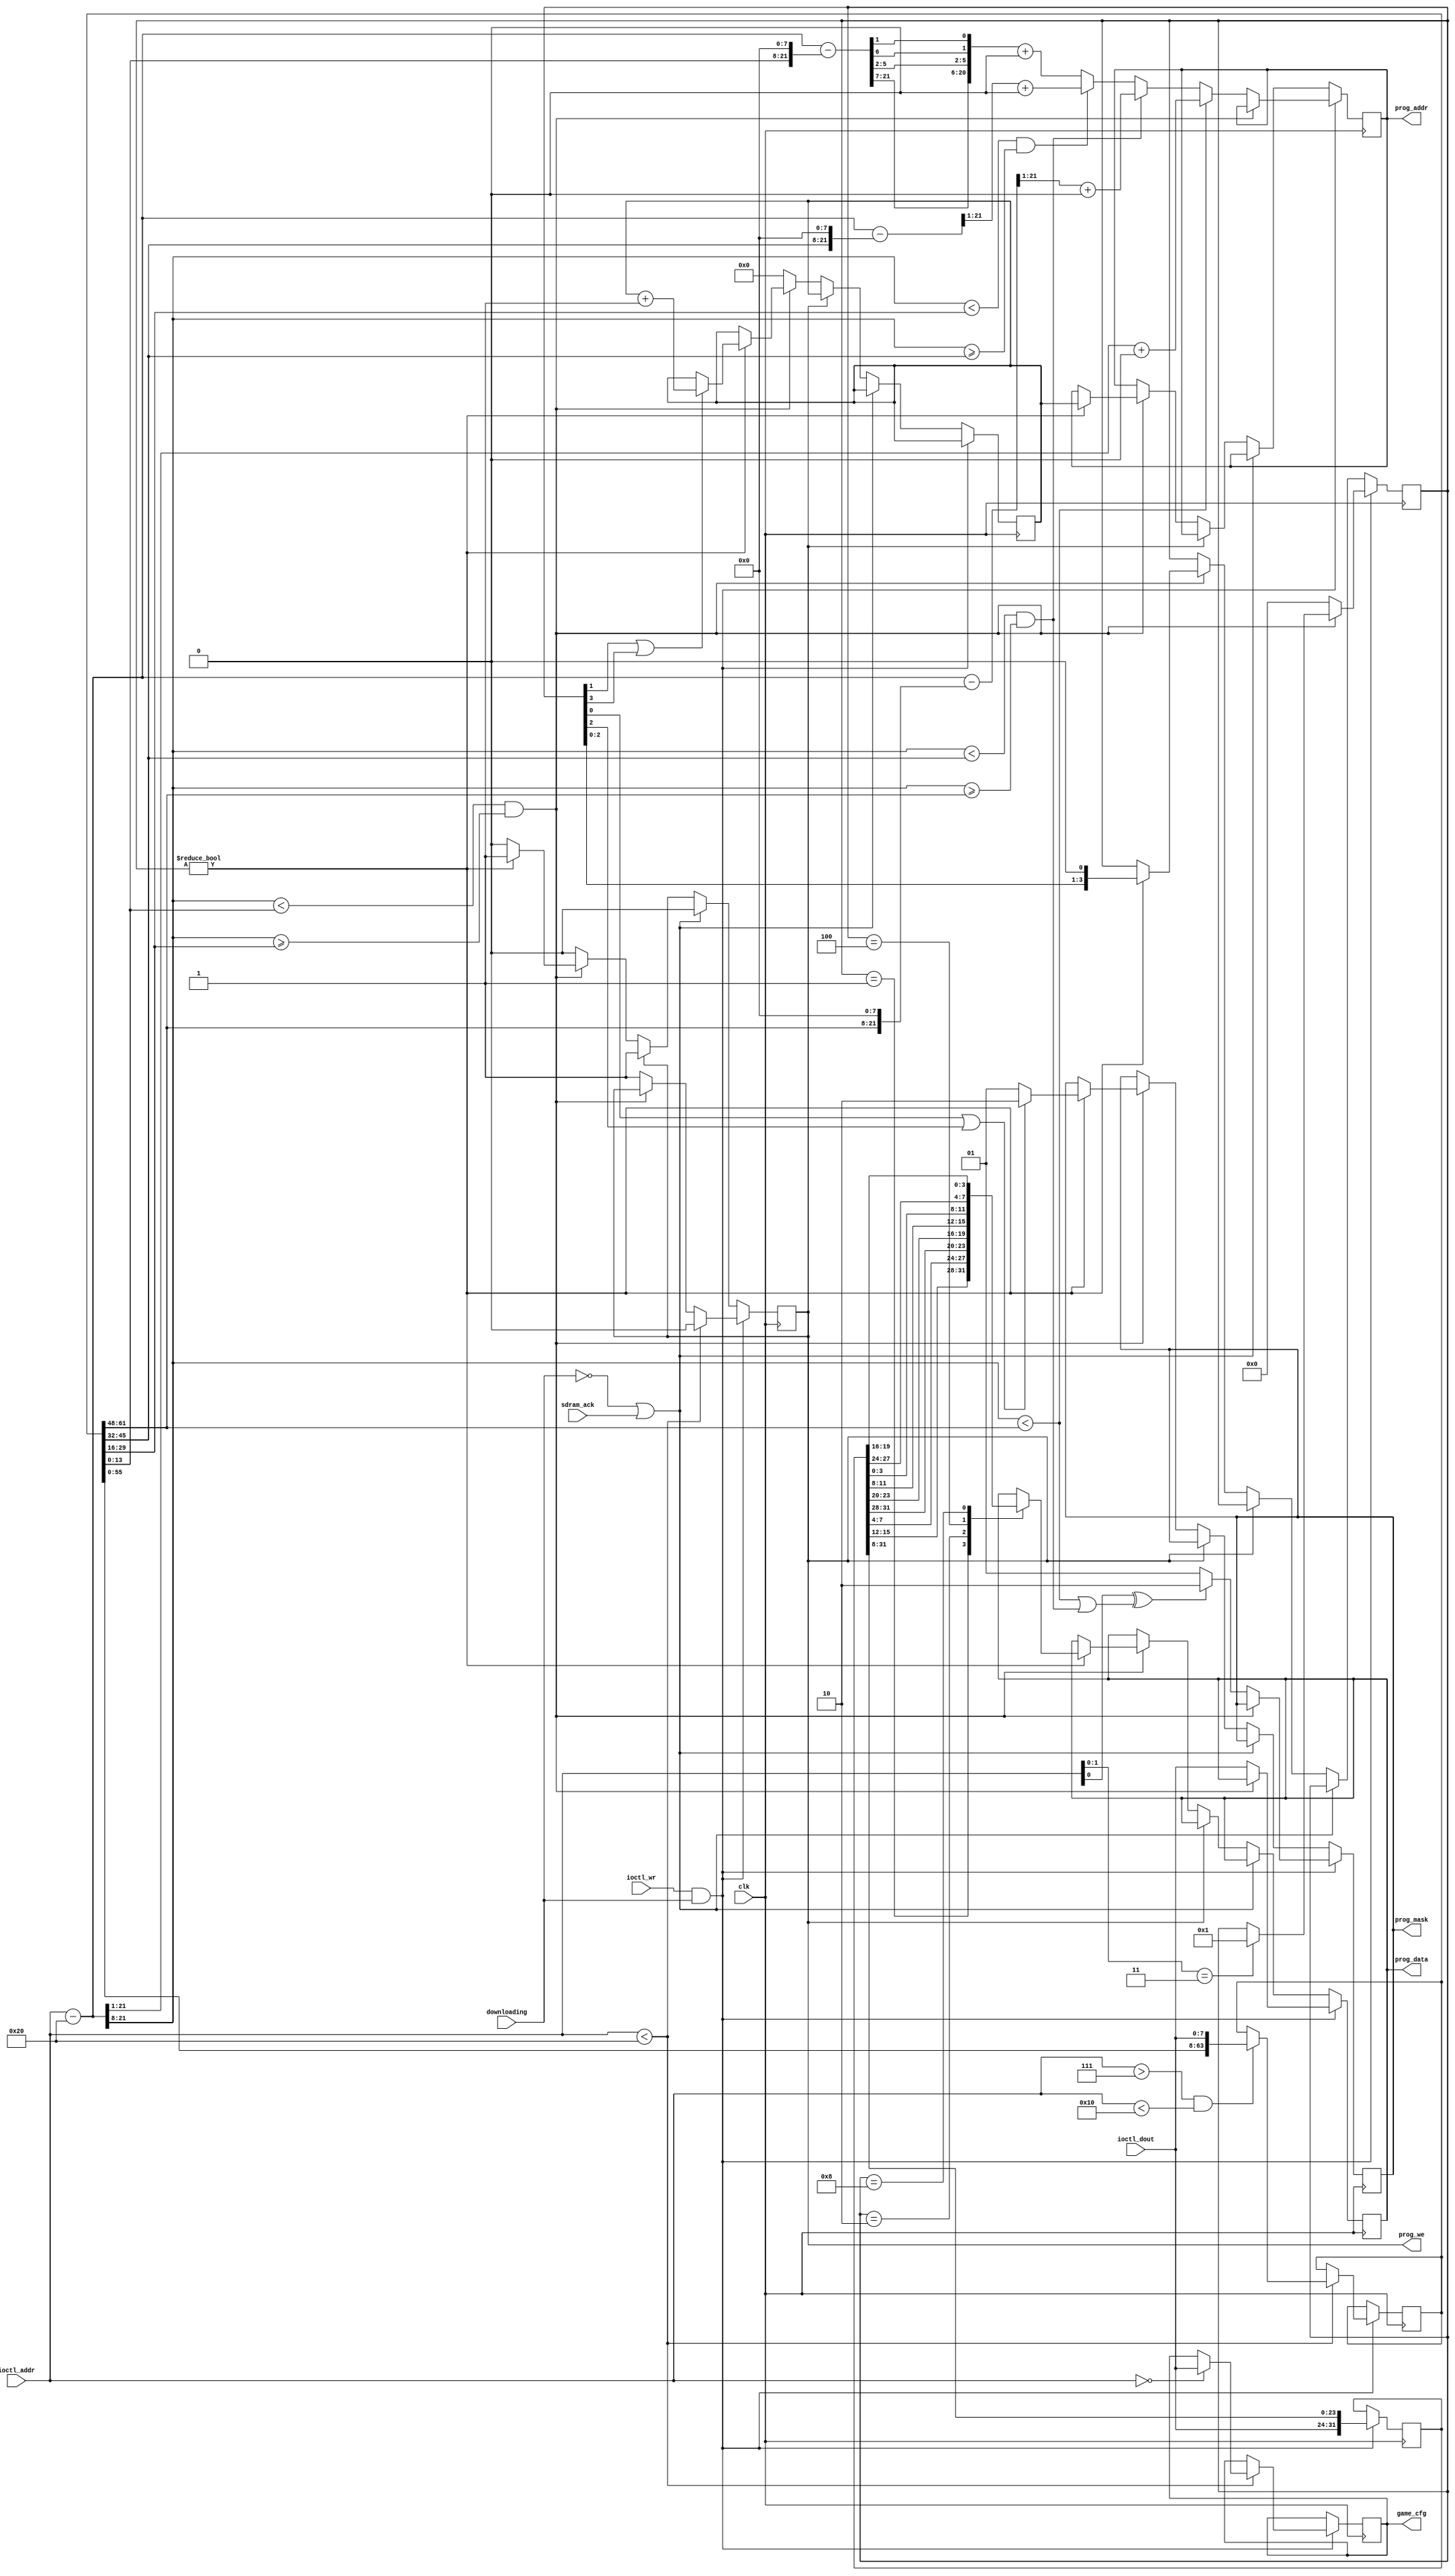
/*  This file is part of JTCORES.
    JTCORES program is free software: you can redistribute it and/or modify
    it under the terms of the GNU General Public License as published by
    the Free Software Foundation, either version 3 of the License, or
    (at your option) any later version.

    JTCORES program is distributed in the hope that it will be useful,
    but WITHOUT ANY WARRANTY; without even the implied warranty of
    MERCHANTABILITY or FITNESS FOR A PARTICULAR PURPOSE.  See the
    GNU General Public License for more details.

    You should have received a copy of the GNU General Public License
    along with JTCORES.  If not, see <http://www.gnu.org/licenses/>.

    Author: Jose Tejada Gomez. Twitter: @topapate
    Version: 1.0
    Date: 15-4-2020 */


module jtsectnz_prom_we(
    input                clk,
    input                downloading,
    input      [21:0]    ioctl_addr,
    input      [ 7:0]    ioctl_dout,
    input                ioctl_wr,
    output reg [21:0]    prog_addr,
    output reg [ 7:0]    prog_data,
    output reg [ 1:0]    prog_mask, // active low
    output reg           prog_we,
    input                sdram_ack,
    output reg [ 7:0]    game_cfg
);

parameter [21:0] CPU_OFFSET=22'h0;
parameter [21:0] SND_OFFSET=22'h0;
parameter [21:0] CHAR_OFFSET=22'h0;
parameter [21:0] SCR_OFFSET=22'h0;
parameter [21:0] OBJ_OFFSET=22'h0;

localparam START_BYTES  = 8;
localparam STARTW=8*START_BYTES;
localparam [21:0] FULL_HEADER = 32;

reg  [STARTW-1:0] starts;
wire       [13:0] snd_start, obj_start, scr_start, char_start;

assign obj_start  = starts[13: 0];
assign scr_start  = starts[29:16];
assign char_start = starts[45:32];
assign snd_start  = starts[61:48];

wire [21:0] bulk_addr  = ioctl_addr - FULL_HEADER; // the header is excluded
wire [21:0] snd_addr   = bulk_addr - { snd_start,  8'd0 };
wire [21:0] char_addr  = bulk_addr - { char_start, 8'd0 };
//wire [21:0] scr_addr   = bulk_addr - { scr_start,  8'd0 };
wire [21:0] obj_addr   = bulk_addr - { obj_start,  8'd0 };

wire is_start = ioctl_addr > 7 && ioctl_addr < (8+START_BYTES);
wire is_cpu   = bulk_addr[21:8] < snd_start;
wire is_snd   = bulk_addr[21:8] < char_start && bulk_addr[21:8]>=snd_start;
wire is_char  = bulk_addr[21:8] < scr_start  && bulk_addr[21:8]>=char_start;
wire is_scr   = bulk_addr[21:8] < obj_start  && bulk_addr[21:8]>=scr_start;

reg [7:0] scr_buf;
reg [3:0] scr_rewr;
reg [31:0] prev_data;

`ifdef SIMULATION
initial begin
    scr_rewr = 4'b0;
end
`endif

reg [21:0] scr_addr;

always @(posedge clk) begin
    if ( ioctl_wr && downloading ) begin
        prev_data <= { ioctl_dout, prev_data[31:8] };
        if( is_scr ) begin
            if( ioctl_addr[1:0]==2'b11 ) begin
                scr_rewr <= 4'b1;
            end
        end else begin
            prog_data <= ioctl_dout;
            prog_addr <= is_cpu  ? bulk_addr[21:1] + CPU_OFFSET  : (
                         is_snd  ?  snd_addr[21:1] + SND_OFFSET  : (
                         is_char ? char_addr[21:1] + CHAR_OFFSET : (
                         { obj_addr[21:7],obj_addr[5:2],obj_addr[6], obj_addr[1] } + OBJ_OFFSET )));
            scr_rewr  <= 1'b0;
            prog_mask <= ioctl_addr[0]^(is_cpu|is_snd) ? 2'b10 : 2'b01;
        end
        if( ioctl_addr < FULL_HEADER ) begin
            if( !ioctl_addr ) game_cfg <= ioctl_dout;
            if( is_start ) starts  <= { starts[STARTW-9:0], ioctl_dout };
            prog_we <= 1'b0;
        end else if(!is_scr) begin
            prog_we <= 1'b1;
        end
    end
    else begin
        if(!downloading || sdram_ack) prog_we  <= 1'b0;
        else if( !prog_we ) begin
            if( !is_scr )
                scr_addr <= SCR_OFFSET;
            else if( scr_rewr ) begin
                prog_we       <= 1'b1;
                scr_rewr      <= scr_rewr<<1;
                prog_addr     <= scr_addr;
                if( scr_rewr[1] || scr_rewr[3] ) scr_addr <= scr_addr+1;
                casez( scr_rewr )
                    4'b0001: prog_data <= { prev_data[15:12], prev_data[ 7: 4] };
                    4'b0010: prog_data <= { prev_data[31:28], prev_data[23:20] };
                    4'b0100: prog_data <= { prev_data[11: 8], prev_data[ 3: 0] };
                    4'b1000: prog_data <= { prev_data[27:24], prev_data[19:16] };
                endcase
                prog_mask <= scr_rewr[0] || scr_rewr[2] ?  2'b10 : 2'b01;
            end
        end
    end
end

endmodule